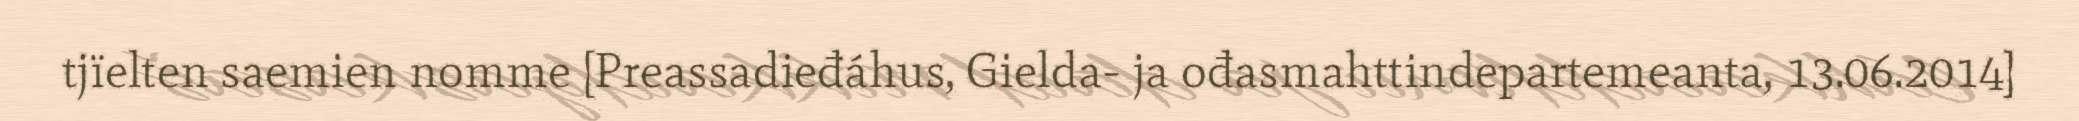
tjïelten saemien nomme [Preassadieđáhus, Gielda- ja ođasmahttindepartemeanta, 13.06.2014]